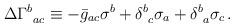
LaTeX: \begin{align*}\Delta\Gamma^b_{\ ac} \equiv - \bar g_{ac}\sigma^b +\delta^b_{\ c} \sigma_a +\delta^b_{\ a} \sigma_c\,.\end{align*}